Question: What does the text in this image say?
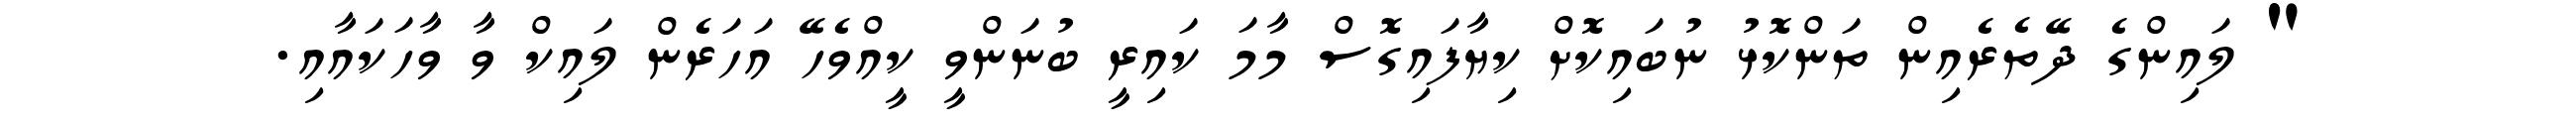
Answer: " ލައިންގެ ދޭތެރެއިން ތަންކޮޅު ނުބައިކޮށް ކިޔާފައިގޮސް މާމަ ކައިރީ ބުނަންވީ ކީއްވެހޭ އަހަރެން ލައިކް ވާ ވާހަކައާއި.